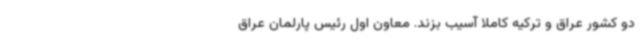
دو کشور عراق و ترکیه کاملا آسیب بزند. معاون اول رئیس پارلمان عراق